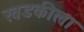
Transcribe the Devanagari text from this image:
खडकीला